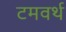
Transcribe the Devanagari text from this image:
टमवर्थ